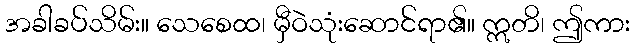
အခါခပ်သိမ်း။ သေစေထ၊ မှီဝဲသုံးဆောင်ရာ၏။ ဣတိ၊ ဤကား